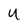
Character: U